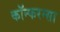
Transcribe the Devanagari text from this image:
कॉन्फरन्सा